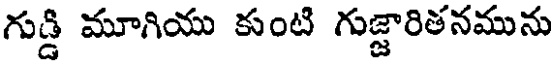
గుడ్డి మూగియు కుంటి గుజ్జారితనమును